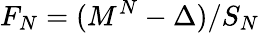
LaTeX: F_{N}=(M^{N}-\Delta)/S_{N}